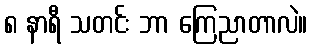
၈ နာရီ သတင်း ဘာ ကြေညာတာလဲ။